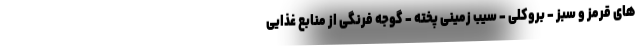
های قرمز و سبز - بروکلی - سیب زمینی پخته - گوجه فرنگی از منابع غذایی